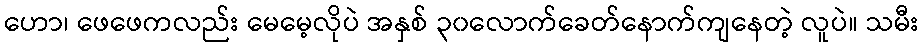
ဟော၊ ဖေဖေကလည်း မေမေ့လိုပဲ အနှစ် ၃၀လောက်ခေတ်နောက်ကျနေတဲ့ လူပဲ။ သမီး